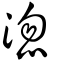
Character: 淴